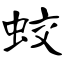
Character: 蛟